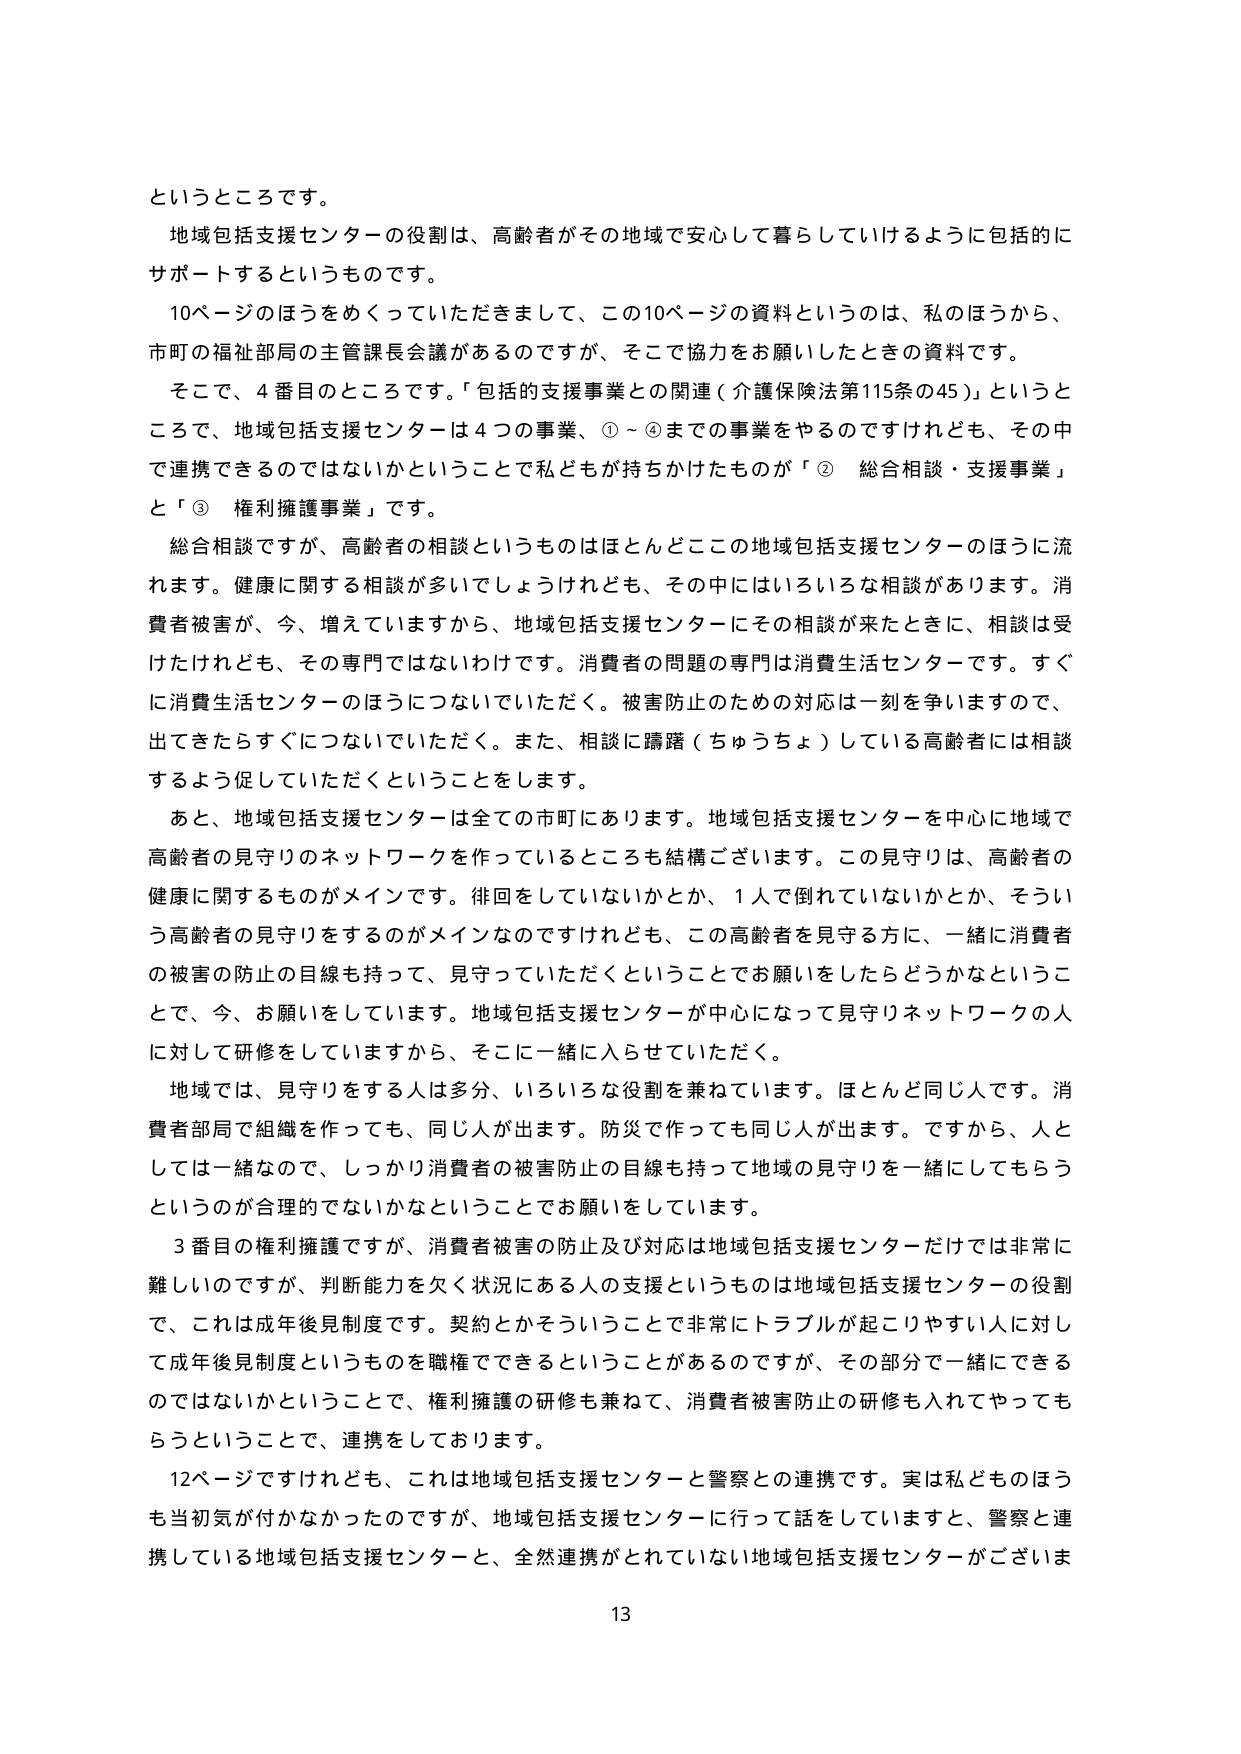
というところです。
地域包括支援センターの役割は、高齢者がその地域で安心して暮らしていけるように包括的にサポートするというものです。
10ページのほうをめくっていただきまして、この10ページの資料というのは、私のほうから、市町の福祉部局の主管課長会議があるのですが、そこで協力をお願いしたときの資料です。
そこで、4番目のところです。「包括的支援事業との関連（介護保険法第115条の45）」というところで、地域包括支援センターは4つの事業、①～④までの事業をやるのですけれども、その中で連携できるのではないかということで私どもが持ちかけたものが「② 総合相談・支援事業」と「③ 権利擁護事業」です。
総合相談ですが、高齢者の相談というものはほとんどこの地域包括支援センターのほうに流れます。健康に関する相談が多いでしょうけれども、その中にはいろいろな相談があります。消費者被害が、今、増えていますから、地域包括支援センターにその相談が来たときに、相談は受けたけれども、その専門ではないわけです。消費者の問題の専門は消費生活センターです。すぐに消費生活センターのほうにつないでいただく。被害防止のための対応は一刻を争いますので、出てきたらすぐにつけないでいただく。また、相談に躊躇（ちゅうちょう）している高齢者には相談するよう促していただくということをします。
あと、地域包括支援センターは全ての市町にあります。地域包括支援センターを中心に地域で高齢者の見守りのネットワークを作っているところも結構ございます。この見守りは、高齢者の健康に関するものがメインです。徘徊をしていないかとか、1人で倒れていないかとか、そういう高齢者の見守りをするのがメインなのですが、この高齢者を見守る方に、一緒に消費者の被害の防止の目線も持って、見守っていただくということでお願いをしたらどうかなということで、今、お願いをしています。地域包括支援センターが中心になって見守りネットワークの人に対して研修をしていますから、そこに一緒に入らせていただく。
地域では、見守りをする人は多分、いろいろな役割を兼ねています。ほとんど同じ人です。消費者部局で組織を作っても、同じ人が出ます。防災で作っても同じ人が出ます。ですから、人としては一緒なので、しっかり消費者の被害防止の目線も持って地域の見守りを一緒にしてもらうというのが合理的ではないかなということでお願いをしています。
3番目の権利擁護ですが、消費者被害の防止及び対応は地域包括支援センターだけでは非常に難しいのですが、判断能力を欠く状況にある人の支援というものは地域包括支援センターの役割で、これは成年後見制度です。契約とかそういうことで非常にトラブルが起こりやすい人に対して成年後見制度というものを職権でできるということがあるのですが、その部分で一緒にできるのではないかということで、権利擁護の研修も兼ねて、消費者被害防止の研修も入れてやってもらうということで、連携をしております。
12ページですけれども、これは地域包括支援センターと警察との連携です。実は私どものほうも当初気が付かなかったのですが、地域包括支援センターに行って話をしていますと、警察と連携している地域包括支援センターと、全然連携がとれていない地域包括支援センターがございま
13